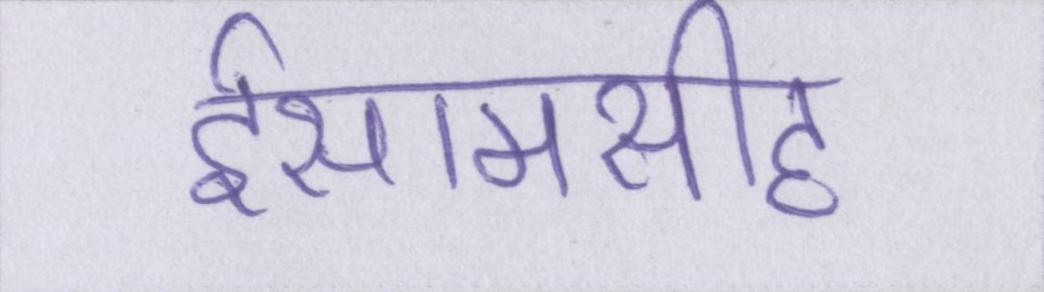
ईसामसीह